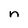
Character: n